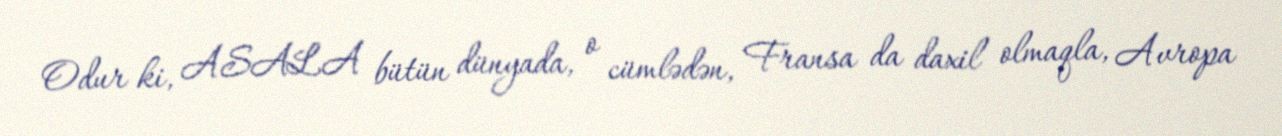
Odur ki, ASALA bütün dünyada, o cümlədən, Fransa da daxil olmaqla, Avropa